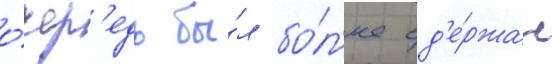
о́чер'едь бы́л бо́л'ее сд'е́ржан